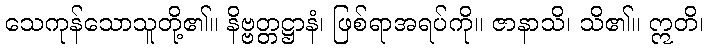
သေကုန်သောသူတို့၏။ နိဗ္ဗတ္တဋ္ဌာနံ၊ ဖြစ်ရာအရပ်ကို။ ဇာနာသိ၊ သိ၏။ ဣတိ၊